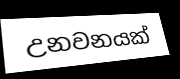
උනවනයක්